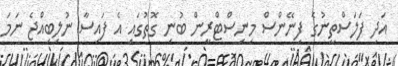
އަދި ފަލަސްތީނުގެ ފިނޭންސް މިނިސްޓްރީން ބުނި ގޮތުގައި އެ ފައިސާ ނުލިބިއްޖެ ނަމަ